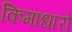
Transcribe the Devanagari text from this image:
किमाधारो